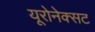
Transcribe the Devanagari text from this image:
यूरोनेक्सट